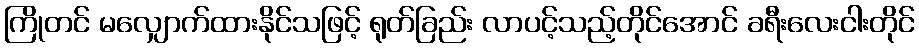
ကြိုတင် မလျှောက်ထားနိုင်သဖြင့် ရုတ်ခြည်း လာပင့်သည့်တိုင်အောင် ခရီးလေးငါးတိုင်